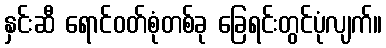
နှင်းဆီ ရောင်ဝတ်စုံတစ်ခု ခြေရင်းတွင်ပုံလျက်။